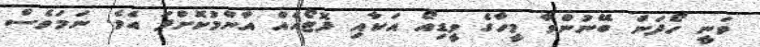
ވަނީ ހޯދަން ބޭނުންވާ މީހާގެ ވީޑިއޯ އަކާއި ފޮޓޯއެއް އާންމުކޮށްފަ އެވެ. ނަމަވެސް